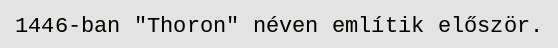
1446-ban "Thoron" néven említik először.